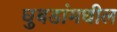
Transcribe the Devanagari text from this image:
घुबडांमधील